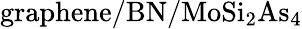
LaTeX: \mathrm{graphene/BN/MoSi_{2}As_{4}}